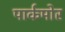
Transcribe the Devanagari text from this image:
पार्कमोर